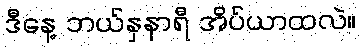
ဒီနေ့ ဘယ်နှနာရီ အိပ်ယာထလဲ။